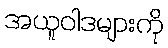
အယူဝါဒများကို